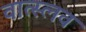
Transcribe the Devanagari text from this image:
वात्स्लव